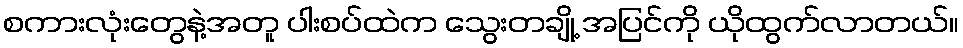
စကားလုံးတွေနဲ့အတူ ပါးစပ်ထဲက သွေးတချို့ အပြင်ကို ယိုထွက်လာတယ်။